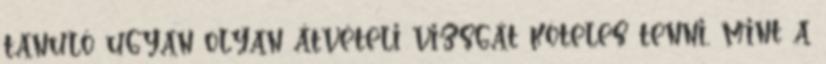
tanuló ugyan olyan átvételi vizsgát köteles tenni, mint a